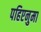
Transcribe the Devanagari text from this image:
पहिएनुमा